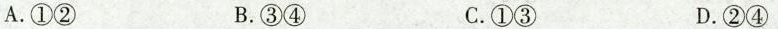
A.①② B.③④ C.①③ D.②④